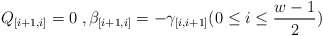
\begin{align*} Q_{[i+1,i]} = 0\;, \beta_{[i+1,i]} = - \gamma_{[i,i+1]} (0 \leq i\leq \frac{w-1}{2}) \end{align*}